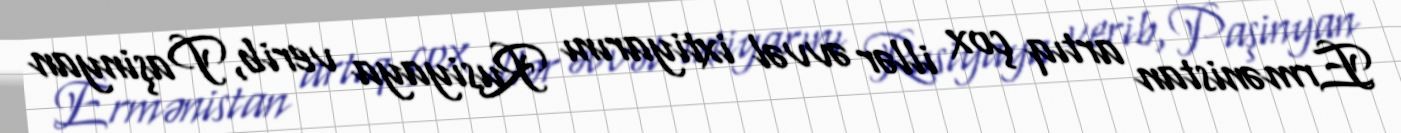
Ermənistan artıq çox illər əvvəl ixtiyarını Rusiyaya verib, Paşinyan